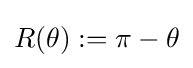
R(\theta ):=\pi -\theta